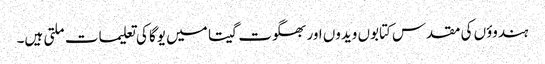
ہندوؤں کی مقدس کتابوں ویدوں اور بھگوت گیتا میں یوگا کی تعلیمات ملتی ہیں۔